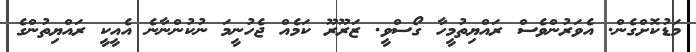
މަޑުކޮށްގެން. އެވަރުންވެސް ރައްޔިތުމީހާ ގޯސްވީ. ޒަރޫރޫ ކަމެއް ޖެހުނީމަ ނުކުންނާނެ އެއީކީ ރައްޔިތުންގެ